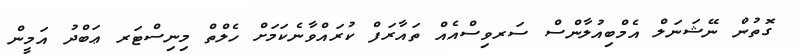
ގޮތުން ނޭޝަނަލް އެމްބިއުލާންސް ސަރވިސްއެއް ތައާރަފް ކުރައްވާނެކަމަށް ހެލްތް މިނިސްޓަރ ޢަބްދު އަމީން